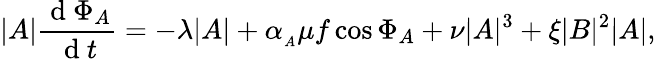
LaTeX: |A|\frac{\mathrm{~d~}\Phi_{A}}{\mathrm{~d~}t}=-\lambda|A|+\alpha_{_A}\mu f\cos{\Phi_{A}}+\nu|A|^{3}+\xi|B|^{2}|A|,